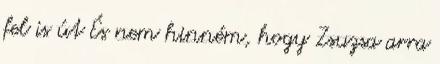
fel is út És nem hinném, hogy Zsuzsa arra